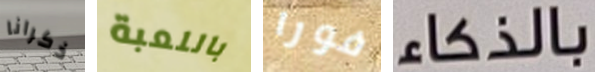
ذكرانا باللعبة فورا بالذكاء